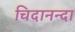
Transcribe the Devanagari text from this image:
चिदानन्दा